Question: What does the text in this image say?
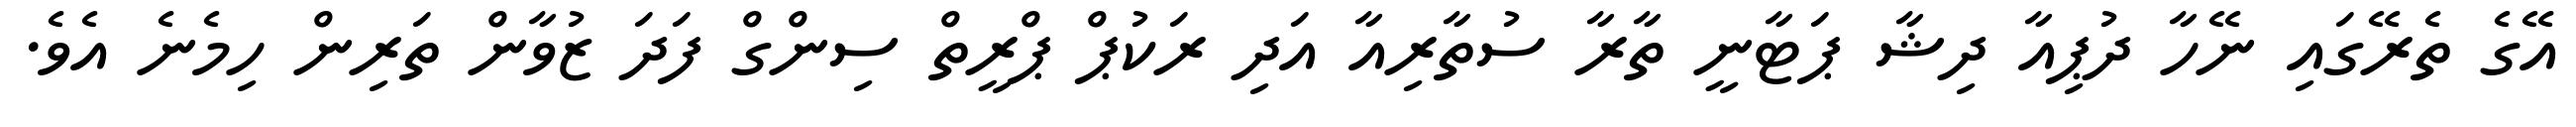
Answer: އޭގެ ތެރޭގައި ނޭހާ ދުޕިއާ ދިޝާ ޕަޓާނީ ތާރާ ސުތާރިއާ އަދި ރަކުޕް ޕްރީތް ސިންގް ފަދަ ޒުވާން ތަރިން ހިމެނެ އެވެ.